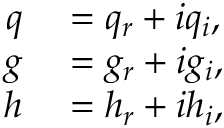
\begin{array} { r l } { q } & { { } = q _ { r } + i q _ { i } , } \\ { g } & { { } = g _ { r } + i g _ { i } , } \\ { h } & { { } = h _ { r } + i h _ { i } , } \end{array}